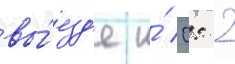
вы́езд'е и́ 0: 2